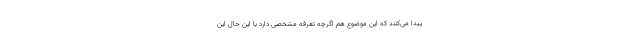
پیدا می‌کنند که این موضوع هم اگرچه تعرفه مشخصی دارد با این حال این